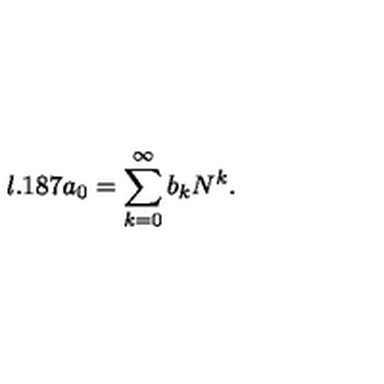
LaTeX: l . 1 8 7 a _ { 0 } = \sum _ { k = 0 } ^ { \infty } b _ { k } N ^ { k } .